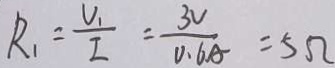
R _ { 1 } = \frac { V _ { 1 } } { I } = \frac { 3 V } { 0 . 6 A } = 5 \Omega